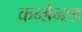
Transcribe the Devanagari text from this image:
कन्डेन्स्ड